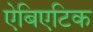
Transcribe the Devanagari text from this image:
ऐबिएटिक